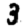
Digit: 3